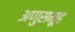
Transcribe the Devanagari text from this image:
अणुसमूह